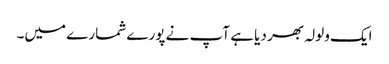
ایک ولولہ بھر دیا ہے آپ نے پورے شمارے میں۔